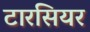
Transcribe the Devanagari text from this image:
टारसियर